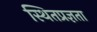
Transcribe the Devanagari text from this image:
स्थितप्रज्ञता